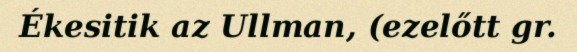
Ékesitik az Ullman, (ezelőtt gr.